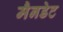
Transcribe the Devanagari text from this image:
मैनडेट